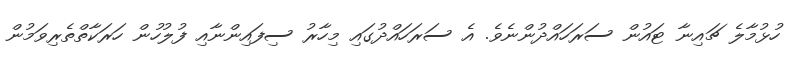
ހުޅުމާލެ ޗައިނާ ޓައުން ސަރަހައްދުންނެވެ. އެ ސަރަހައްދުގައި މިހާރު ސިފައިންނާއި ފުލުހުން ހަރަކާތްތެރިވަމުން